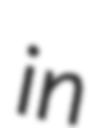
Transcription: in